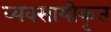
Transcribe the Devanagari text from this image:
व्यवसायीकृत